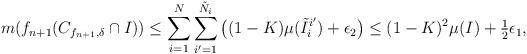
LaTeX: \begin{align*}m(f_{n+1}(C_{f_{n+1}, \delta} \cap I)) \leq\sum_{i=1}^N \sum_{i' = 1}^{\tilde N_i} \big( (1-K) \mu(\tilde I_i^{i'}) + \epsilon_2 \big) \leq (1-K)^2 \mu(I) + \tfrac{1}{2} \epsilon_1, \end{align*}